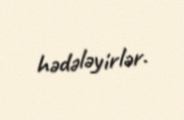
hədələyirlər.